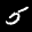
Label: 5